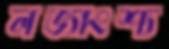
লভ্যাংশ্য